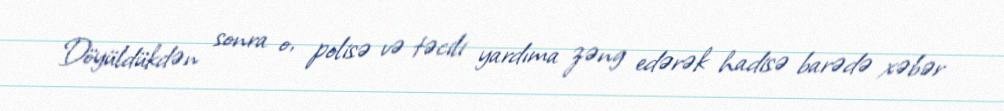
Döyüldükdən sonra o, polisə və təcili yardıma zəng edərək hadisə barədə xəbər